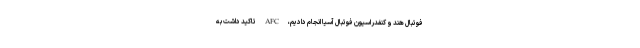
فوتبال هند و کنفدراسیون فوتبال آسیا انجام دادیم، AFC تاکید داشت به